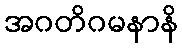
အဂတိဂမနာနိ